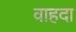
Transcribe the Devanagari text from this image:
वाहदा